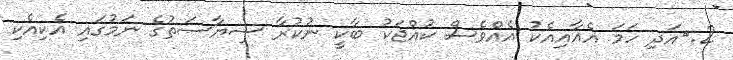
2.	އަދި ހަމަ އެއާއިއެކު އެއްވެސް ކުއްޖަކު ބާކީ ނުކުރާ ސިޔާސަތުގެ ނަމުގައި އެކިއެކި